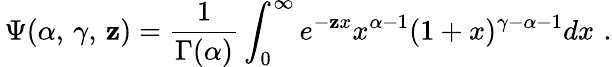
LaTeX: \, \Psi(\alpha,\, \gamma,\, \mathbf{z})=\frac{{1}}{{\Gamma(\alpha)}}\int_{0}^{\infty}e^{-\mathbf{z}x}x^{\alpha-1}(1+x)^{\gamma-\alpha-1}dx\, \, .